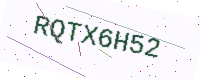
Text: RQTX6H52